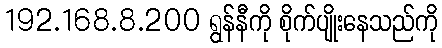
192.168.8.200 ရွန်နီကို စိုက်ပျိုးနေသည်ကို